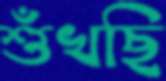
শুঁখছি